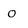
Character: O